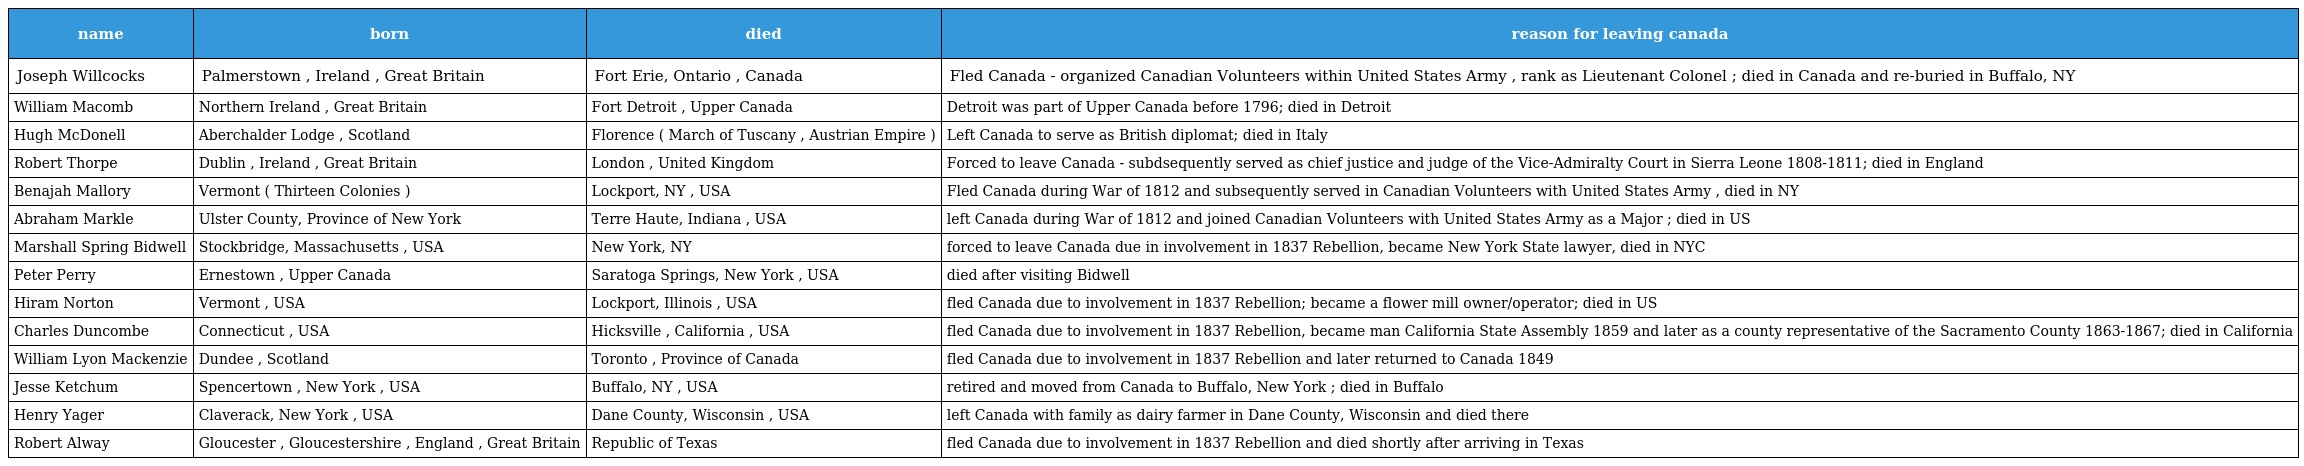
| name | born | died | reason for leaving canada |
 | --- | --- | --- | --- |
 | Joseph Willcocks | Palmerstown , Ireland , Great Britain | Fort Erie, Ontario , Canada | Fled Canada - organized Canadian Volunteers within United States Army , rank as Lieutenant Colonel ; died in Canada and re-buried in Buffalo, NY |
 | William Macomb | Northern Ireland , Great Britain | Fort Detroit , Upper Canada | Detroit was part of Upper Canada before 1796; died in Detroit |
 | Hugh McDonell | Aberchalder Lodge , Scotland | Florence ( March of Tuscany , Austrian Empire ) | Left Canada to serve as British diplomat; died in Italy |
 | Robert Thorpe | Dublin , Ireland , Great Britain | London , United Kingdom | Forced to leave Canada - subdsequently served as chief justice and judge of the Vice-Admiralty Court in Sierra Leone 1808-1811; died in England |
 | Benajah Mallory | Vermont ( Thirteen Colonies ) | Lockport, NY , USA | Fled Canada during War of 1812 and subsequently served in Canadian Volunteers with United States Army , died in NY |
 | Abraham Markle | Ulster County, Province of New York | Terre Haute, Indiana , USA | left Canada during War of 1812 and joined Canadian Volunteers with United States Army as a Major ; died in US |
 | Marshall Spring Bidwell | Stockbridge, Massachusetts , USA | New York, NY | forced to leave Canada due in involvement in 1837 Rebellion, became New York State lawyer, died in NYC |
 | Peter Perry | Ernestown , Upper Canada | Saratoga Springs, New York , USA | died after visiting Bidwell |
 | Hiram Norton | Vermont , USA | Lockport, Illinois , USA | fled Canada due to involvement in 1837 Rebellion; became a flower mill owner/operator; died in US |
 | Charles Duncombe | Connecticut , USA | Hicksville , California , USA | fled Canada due to involvement in 1837 Rebellion, became man California State Assembly 1859 and later as a county representative of the Sacramento County 1863-1867; died in California |
 | William Lyon Mackenzie | Dundee , Scotland | Toronto , Province of Canada | fled Canada due to involvement in 1837 Rebellion and later returned to Canada 1849 |
 | Jesse Ketchum | Spencertown , New York , USA | Buffalo, NY , USA | retired and moved from Canada to Buffalo, New York ; died in Buffalo |
 | Henry Yager | Claverack, New York , USA | Dane County, Wisconsin , USA | left Canada with family as dairy farmer in Dane County, Wisconsin and died there |
 | Robert Alway | Gloucester , Gloucestershire , England , Great Britain | Republic of Texas | fled Canada due to involvement in 1837 Rebellion and died shortly after arriving in Texas |